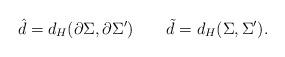
LaTeX: \begin{align*}\hat{d}=d_H(\partial\Sigma,\partial\Sigma')\quad\quad\tilde{d}=d_H(\Sigma,\Sigma').\end{align*}